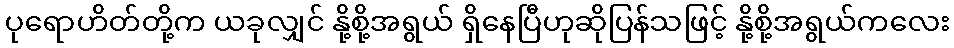
ပုရောဟိတ်တို့က ယခုလျှင် နို့စို့အရွယ် ရှိနေပြီဟုဆိုပြန်သဖြင့် နို့စို့အရွယ်ကလေး